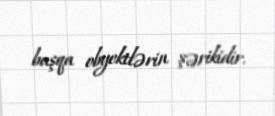
başqa obyektlərin şərikidir.